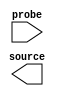
// megafunction wizard: %In-System Sources and Probes%VBB%
// GENERATION: STANDARD
// VERSION: WM1.0
// MODULE: altsource_probe 

// ============================================================
// Megafunction Name(s):
// 			altsource_probe
//
// Simulation Library Files(s):
// 			altera_mf
// ============================================================
// ************************************************************
// THIS IS A WIZARD-GENERATED FILE. DO NOT EDIT THIS FILE!
//
// 13.0.1 Build 232 06/12/2013 SP 1 SJ Web Edition
// ************************************************************

//Copyright (C) 1991-2013 Altera Corporation
//Your use of Altera Corporation's design tools, logic functions 
//and other software and tools, and its AMPP partner logic 
//functions, and any output files from any of the foregoing 
//(including device programming or simulation files), and any 
//associated documentation or information are expressly subject 
//to the terms and conditions of the Altera Program License 
//Subscription Agreement, Altera MegaCore Function License 
//Agreement, or other applicable license agreement, including, 
//without limitation, that your use is for the sole purpose of 
//programming logic devices manufactured by Altera and sold by 
//Altera or its authorized distributors.  Please refer to the 
//applicable agreement for further details.

module dacdb (
	probe,
	source);

	input	[13:0]  probe;
	output	[0:0]  source;

endmodule

// ============================================================
// CNX file retrieval info
// ============================================================
// Retrieval info: PRIVATE: INTENDED_DEVICE_FAMILY STRING "Cyclone IV E"
// Retrieval info: LIBRARY: altera_mf altera_mf.altera_mf_components.all
// Retrieval info: CONSTANT: ENABLE_METASTABILITY STRING "NO"
// Retrieval info: CONSTANT: INSTANCE_ID STRING "dacb"
// Retrieval info: CONSTANT: PROBE_WIDTH NUMERIC "14"
// Retrieval info: CONSTANT: SLD_AUTO_INSTANCE_INDEX STRING "YES"
// Retrieval info: CONSTANT: SLD_INSTANCE_INDEX NUMERIC "0"
// Retrieval info: CONSTANT: SOURCE_INITIAL_VALUE STRING " 0"
// Retrieval info: CONSTANT: SOURCE_WIDTH NUMERIC "1"
// Retrieval info: USED_PORT: probe 0 0 14 0 INPUT NODEFVAL "probe[13..0]"
// Retrieval info: USED_PORT: source 0 0 1 0 OUTPUT NODEFVAL "source[0..0]"
// Retrieval info: CONNECT: @probe 0 0 14 0 probe 0 0 14 0
// Retrieval info: CONNECT: source 0 0 1 0 @source 0 0 1 0
// Retrieval info: GEN_FILE: TYPE_NORMAL dacdb.v TRUE
// Retrieval info: GEN_FILE: TYPE_NORMAL dacdb.inc FALSE
// Retrieval info: GEN_FILE: TYPE_NORMAL dacdb.cmp FALSE
// Retrieval info: GEN_FILE: TYPE_NORMAL dacdb.bsf FALSE
// Retrieval info: GEN_FILE: TYPE_NORMAL dacdb_inst.v FALSE
// Retrieval info: GEN_FILE: TYPE_NORMAL dacdb_bb.v TRUE
// Retrieval info: LIB_FILE: altera_mf